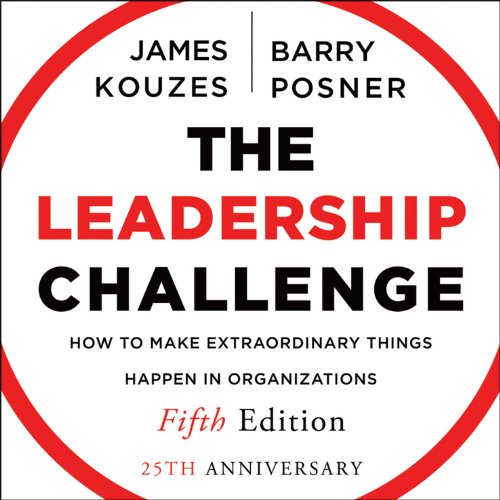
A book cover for The Leadership Challenge Audiobook; James M. Kouzes; Business & Money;